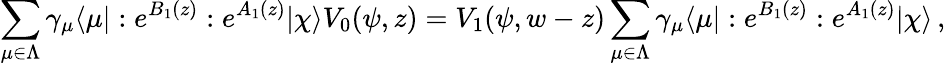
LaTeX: \sum_{\mu\in\Lambda}\gamma_{\mu}\langle\mu|:e^{B_{1}(z)}:e^{A_{1}(z)}|\chi\rangle V_{0}(\psi,z)=V_{1}(\psi,w-z)\sum_{\mu\in\Lambda}\gamma_{\mu}\langle\mu|:e^{B_{1}(z)}:e^{A_{1}(z)}|\chi\rangle\, ,